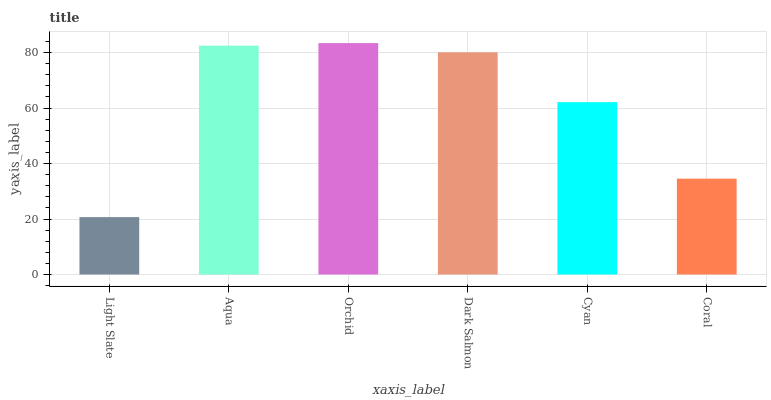
| xaxis_label | bars |
 | --- | --- |
 | Light Slate | 20.7 |
 | Aqua | 82.5 |
 | Orchid | 83.4 |
 | Dark Salmon | 80.1 |
 | Cyan | 62.1 |
 | Coral | 34.5 |